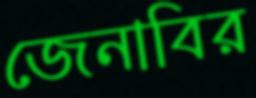
জেনাবির